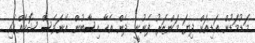
މަޑުމަޑުން އަޑިއަށް ދިޔަ މަންޒަރު ފެނުނީ. ދެން އެހާ ހިސާބުން އޭނަވެސް ޝޮކެއްގައި